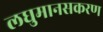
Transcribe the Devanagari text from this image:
लघुमानसकरण